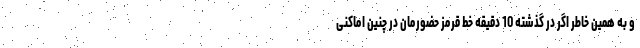
و به همین خاطر اگر در گذشته 10 دقیقه خط قرمز حضورمان در چنین اماکنی